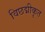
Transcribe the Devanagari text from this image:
विछद्मीकृत